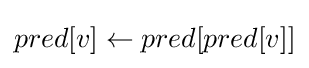
pred[v]\gets pred[pred[v]]